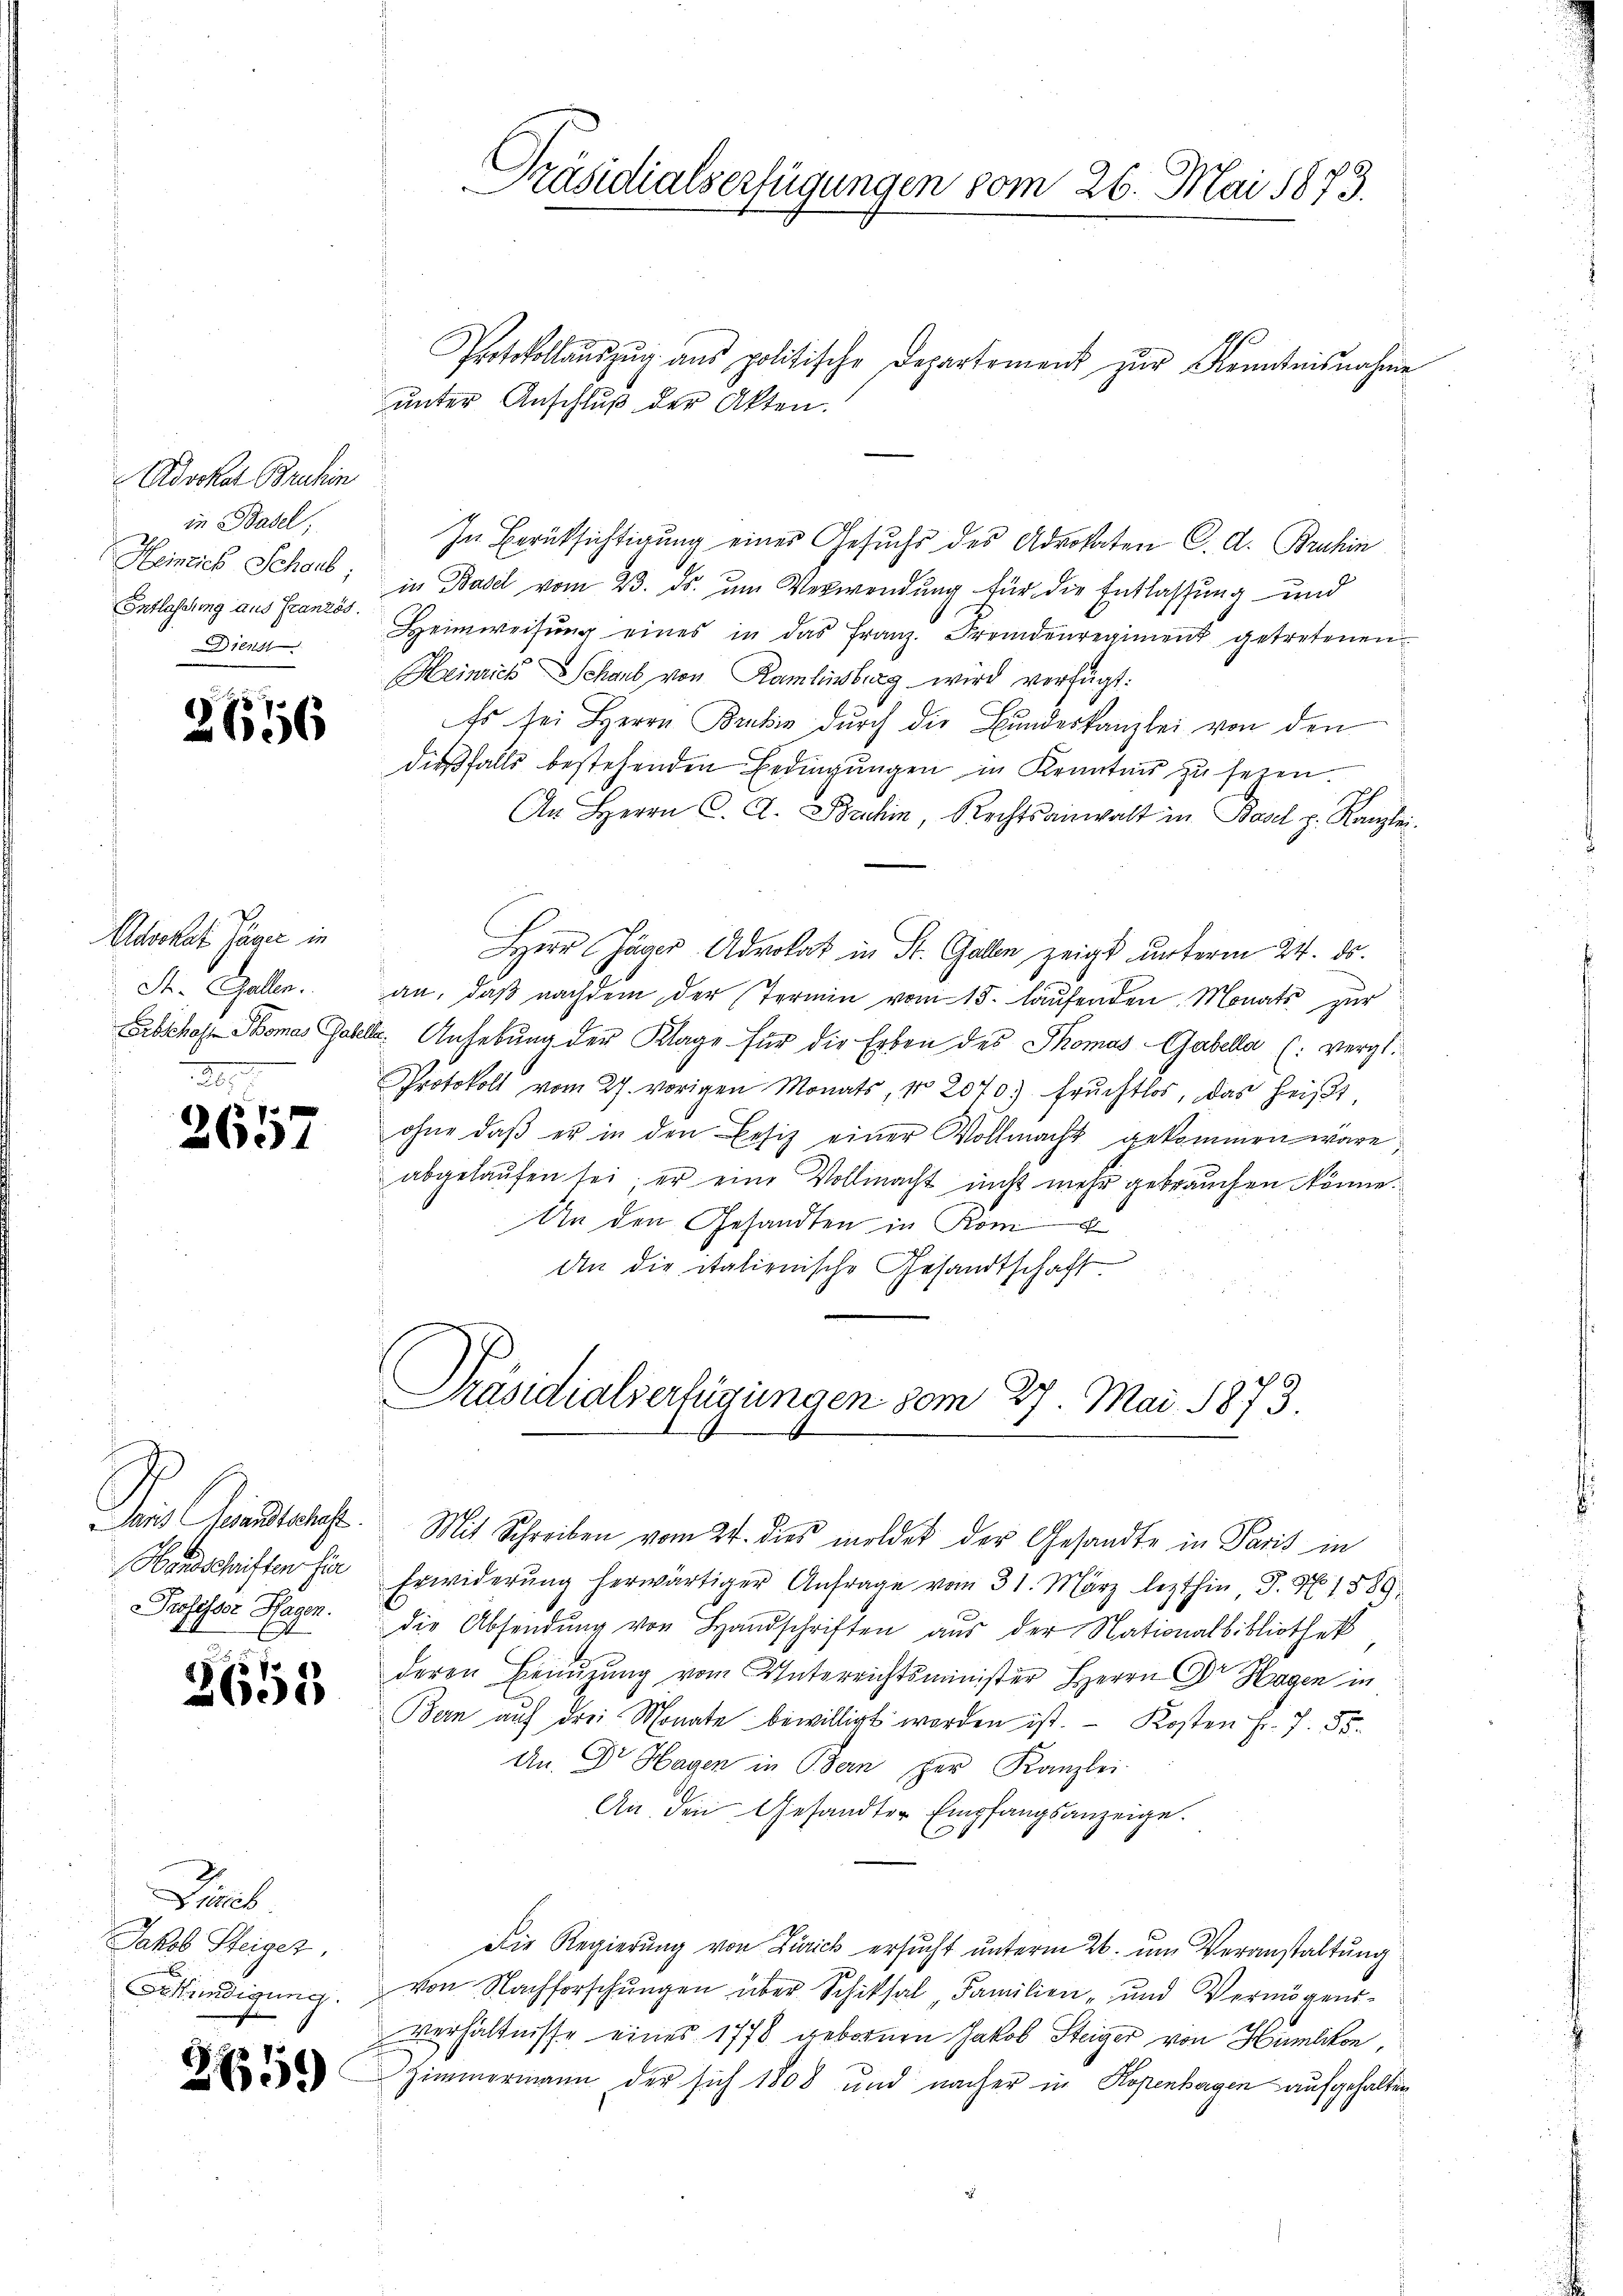
Advokat Bruhin
in Basel,
e
Heinrich Schaus;
Entlassung aus Französ.
Dienst

n

616

Advokat Parer in
A. Galler.
.

2657

Paris Gesandtschaft.
Handschriften für
Professor Hagen.
.

2653

Dieb
Jakob Steiger.
kündigung.

2659

Protokollauszug aus politische Departement zur Kenntnisnahme
unter Anschluß der Akten.
In Berüksichtigung eines Gesuchs des Advokaten C. A. Bruhin
in Basel vom 23. ds. um Verwendung für die Entlassung und
Heimweisung eines in das Franz Fremdenregiment getretenen
Heinrich Schaub von Ramlinsburg wird verfügt:
Es sei Herrn Brabis dŭrch die Bundeskanzlei von den
dießfalls bestehenden Bedingungen in Kenntnis zu sehen.
An Herrn C. A. Bruhin, Rechtsanwalt in Basel p. Kanzlei-
Herr Jäger Advokat in St. Gallen zeigt unterm 24. ds.
an, daβ nachdem der Termin vom 15. laŭfenden Monats zur
Erbschose Thomas Gabel. Anhebung der Klage für die Erben des Thomas Gabella (: vergl.
Protokoll vom 27. vorigen Monats, No. 2070.) Fruchtlos, das heißt,
ohne daβ er in den Besitz einer Vollmacht gekommen wäre,
abgelaufen sei, er eine Vollmacht nit mehr gebrauchen könne.
An den Gesandten in Kom
din die italienische Gesandtschaft
Präsidialverfügungen vom 27. Mai 1873.

Präsidialserfügungen vom 26. Mai 1873.

Erwiderŭng herwärtiger Anfrage vom 31. März lezthin J. No. 1889
die Absendŭng von Handschriften aus der Nationalbibliothek
deren Benuzung vom Unterrichtsminister Herrn Dr. Hagen in
Bern auf drei Monate bewilligt worden ist. Kosten Fr. 7. 55.
An. Dr Hagen in Bern per Kanzlei
An den Gesandter Empfangsanzeige.
Die Regierung von Zürich ersucht unterm 26. um Veranstaltung
von Nachforschungen über Schiksal, Familien- und Vermögens-
Verhältnisse eines 1778 gebornen Jakob Steiger von Humlikon,
Zimmermann der sich 1808 und nacher in Kopenhagen aufgehalten

Mit Schreiben vom 24. dies mildet der Gesandte in Paris in